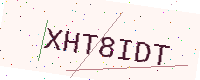
Text: XHT8IDT